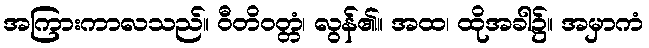
အကြားကာလသည်။ ဝီတိဝတ္တံ၊ လွန်၏။ အထ၊ ထိုအခါ၌။ အမှာကံ